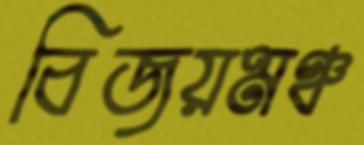
বিজয়মঞ্চ